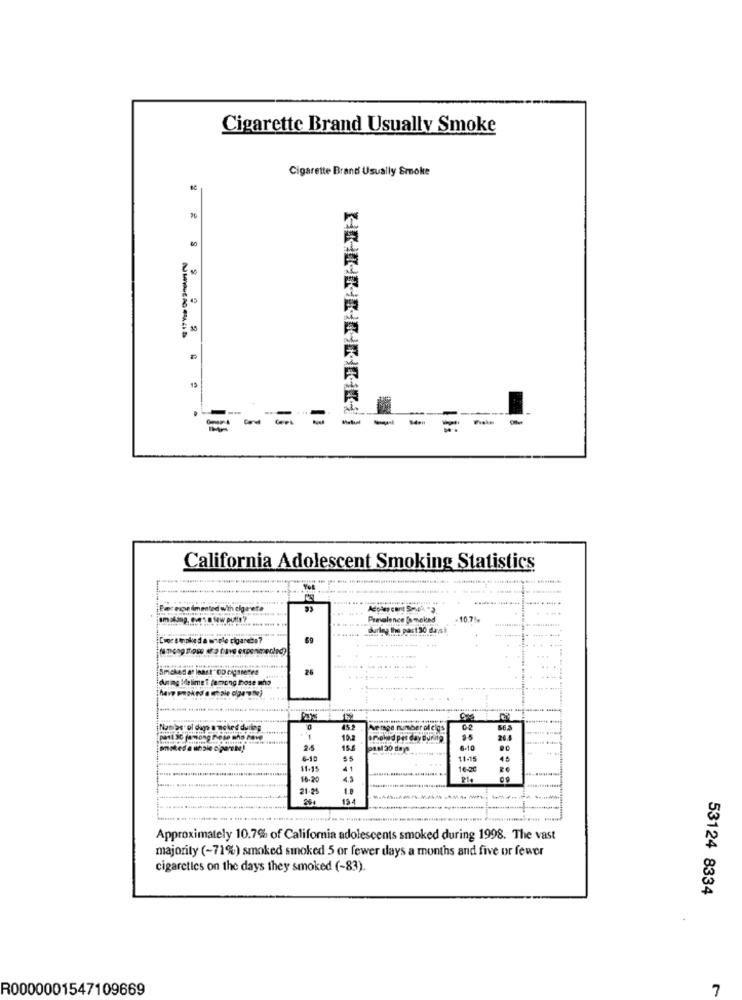
Cigarette Brand Usually Smoke
Cigarette Brand Usually Smoke
45
15
.. ..
---
=
California Adolescent Smoking Statistics
---
YOR
mind with cheeta
Prevalence (smoked
26
dning Melime't famong those who
Numas ol days a noked during
elgs
02
past SC famong These who have
1
19.3
24.4
130 days
6-10
6-10
11-15
45
11:15
16-20
18-20
21-25
1.8
Approximately 10.7% of California adolescents smoked during 1998. The vast
majority (-71%) smoked smoked 5 or fewer days a months and five or fewer
cigarettes on the days they smoked (-83).
53124 8334
R0000001547109669
7